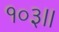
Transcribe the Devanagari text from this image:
१०३।।